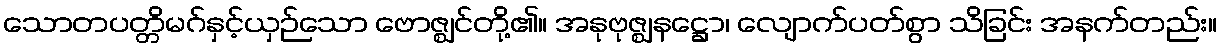
သောတပတ္တိမဂ်နှင့်ယှဉ်သော ဗောဇ္ဈင်တို့၏။ အနုဗုဇ္ဈနဋ္ဌော၊ လျောက်ပတ်စွာ သိခြင်း အနက်တည်း။